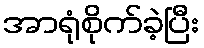
အာရုံစိုက်ခဲ့ပြီး